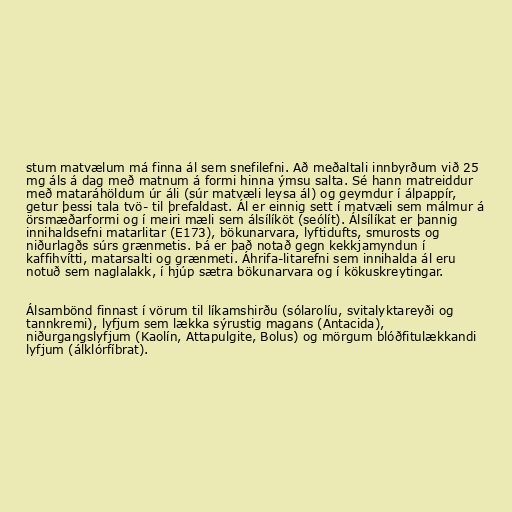
stum matvælum má finna ál sem snefilefni. Að meðaltali innbyrðum við 25
mg áls á dag með matnum á formi hinna ýmsu salta. Sé hann matreiddur
með mataráhöldum úr áli (súr matvæli leysa ál) og geymdur í álpappír,
getur þessi tala tvö- til þrefaldast. Ál er einnig sett í matvæli sem málmur á
örsmæðarformi og í meiri mæli sem álsílíköt (seólít). Álsílíkat er þannig
innihaldsefni matarlitar (E173), bökunarvara, lyftidufts, smurosts og
niðurlagðs súrs grænmetis. Þá er það notað gegn kekkjamyndun í
kaffihvítti, matarsalti og grænmeti. Áhrifa-litarefni sem innihalda ál eru
notuð sem naglalakk, í hjúp sætra bökunarvara og í kökuskreytingar.

Álsambönd finnast í vörum til líkamshirðu (sólarolíu, svitalyktareyði og
tannkremi), lyfjum sem lækka sýrustig magans (Antacida),
niðurgangslyfjum (Kaolín, Attapulgite, Bolus) og mörgum blóðfitulækkandi
lyfjum (álklórfíbrat).